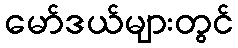
မော်ဒယ်များတွင်